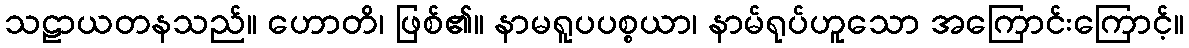
သဠာယတနသည်။ ဟောတိ၊ ဖြစ်၏။ နာမရူပပစ္စယာ၊ နာမ်ရုပ်ဟူသော အကြောင်းကြောင့်။